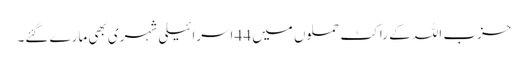
حزب اللہ کے راکٹ حملوں میں 44 اسرائیلی شہری بھی مارے گئے۔